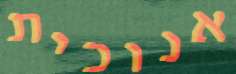
אנוכית